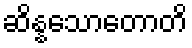
ဆိန္နသောတောတိ